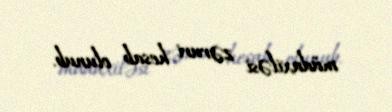
müdaxiləsi zəruri hesab olunub.